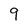
Character: 9